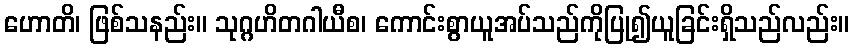
ဟောတိ၊ ဖြစ်သနည်း။ သုဂ္ဂဟိတဂါယီစ၊ ကောင်းစွာယူအပ်သည်ကိုပြု၍ယူခြင်းရှိသည်လည်း။